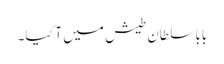
بابا سلطان طیش میں آ گیا۔